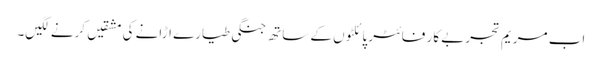
اب مریم تجربے کار فائٹر پائلٹوں کے ساتھ جنگی طیارے اڑانے کی مشقیں کرنے لگیں۔